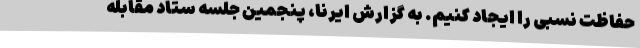
حفاظت نسبی را ایجاد کنیم. به گزارش ایرنا، پنجمین جلسه ستاد مقابله